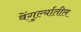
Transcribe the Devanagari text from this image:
वेंगुर्ल्यातील